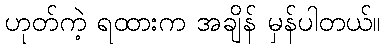
ဟုတ်ကဲ့ ရထားက အချိန် မှန်ပါတယ်။